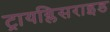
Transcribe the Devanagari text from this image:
ट्रायग्लिसराइड